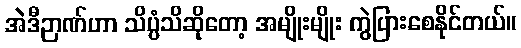
အဲဒီဉာဏ်ဟာ သိပ္ပံသိဆိုတော့ အမျိုးမျိုး ကွဲပြားစေနိုင်တယ်။